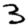
Digit: 3